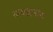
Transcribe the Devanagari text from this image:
तत्वज्ञानांना